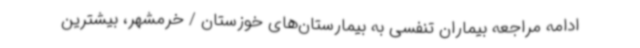
ادامه مراجعه بیماران تنفسی به بیمارستان‌های خوزستان / خرمشهر، بیشترین